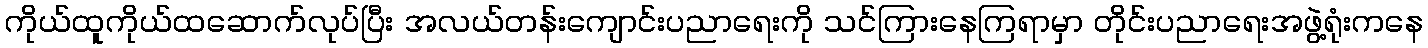
ကိုယ်ထူကိုယ်ထဆောက်လုပ်ပြီး အလယ်တန်းကျောင်းပညာရေးကို သင်ကြားနေကြရာမှာ တိုင်းပညာရေးအဖွဲ့ရုံးကနေ